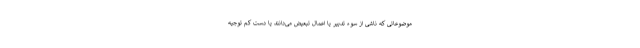
موضوعاتی که ناشی از سوء تدبیر یا اِعمال تبعیض می‌دانند یا دست کم توجیه